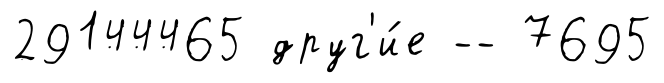
29144465 друг'и́е -- 7695